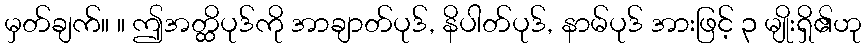
မှတ်ချက်။ ။ ဤအတ္ထိပုဒ်ကို အာချာတ်ပုဒ်, နိပါတ်ပုဒ်, နာမ်ပုဒ် အားဖြင့် ၃ မျိုးရှိ၏ဟု